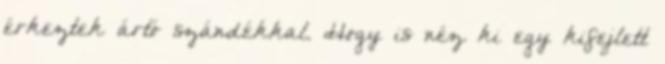
érkeztek ártó szándékkal. Hogy is néz ki egy kifejlett